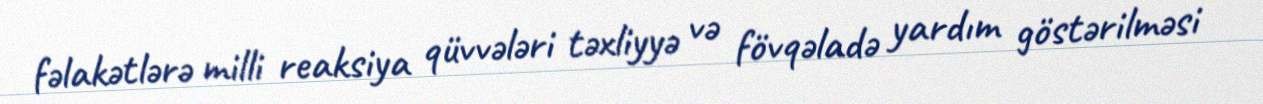
fəlakətlərə milli reaksiya qüvvələri təxliyyə və fövqəladə yardım göstərilməsi